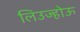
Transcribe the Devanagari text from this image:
लिउज्होऊ